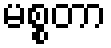
မစ္စတာ